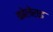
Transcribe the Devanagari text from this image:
कोलेराइ